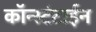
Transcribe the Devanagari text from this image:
कॉन्स्टंटाईन